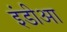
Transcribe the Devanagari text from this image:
इंडीआ